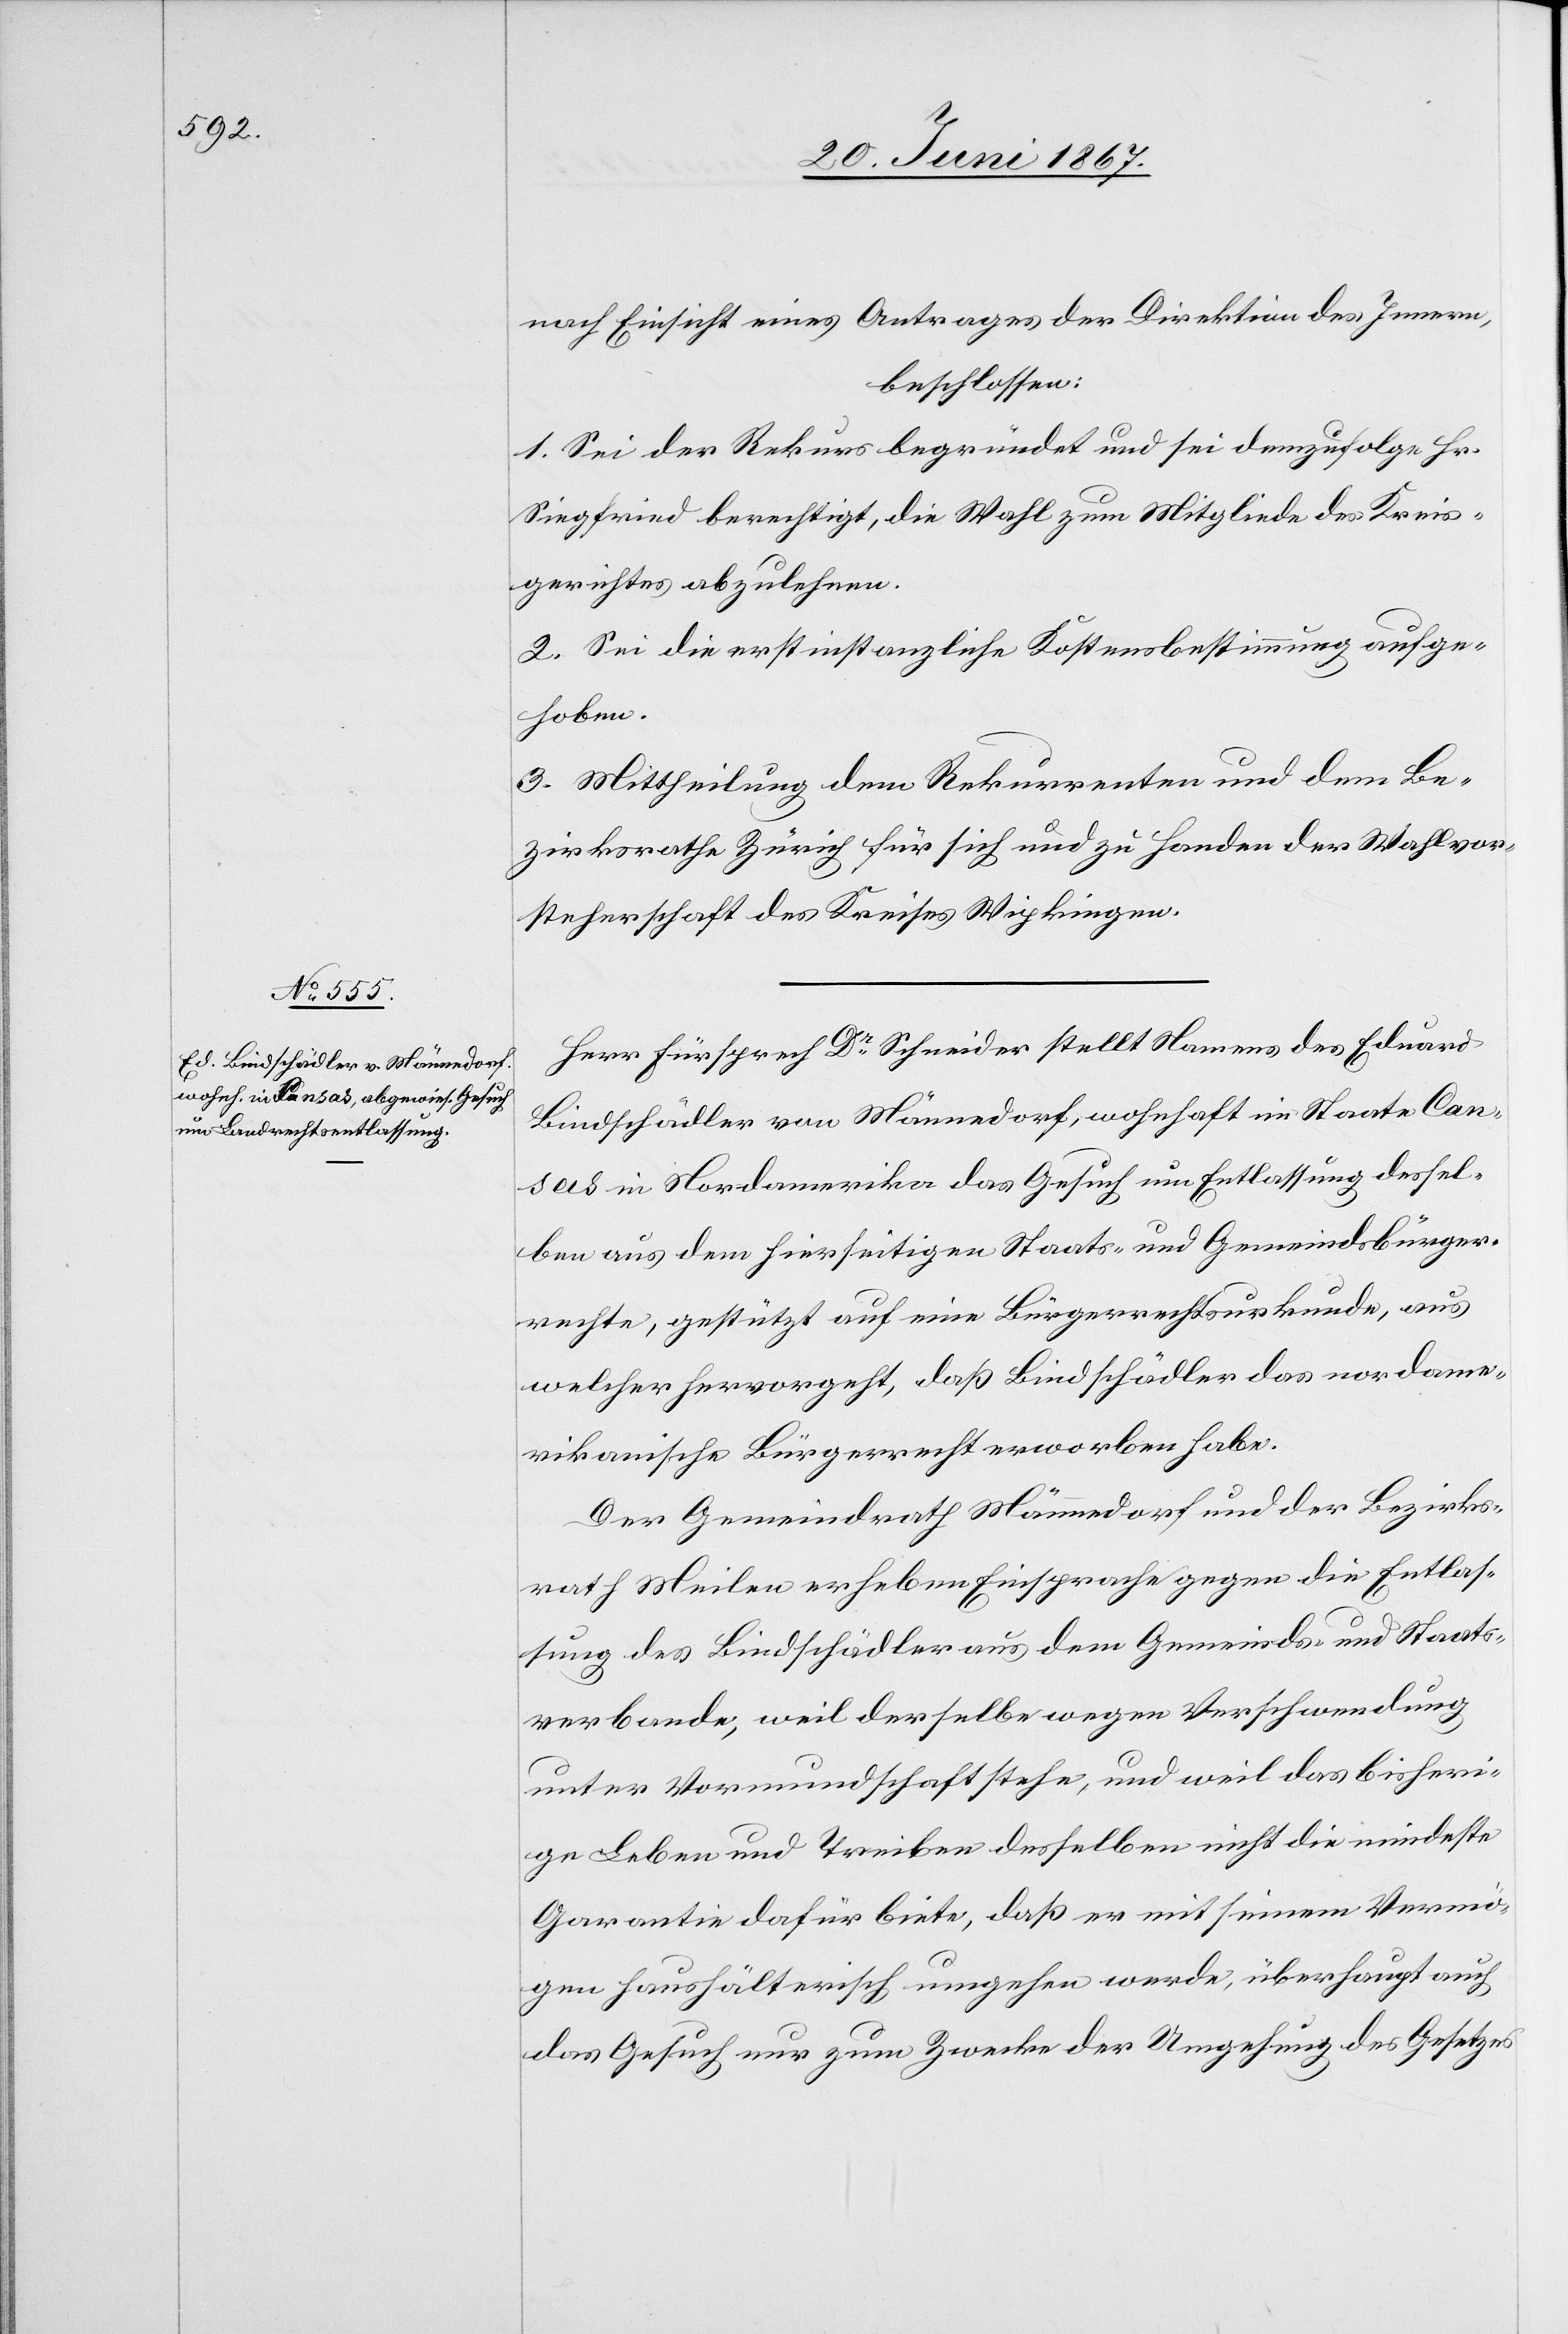
nach Einsicht eines Antrages der Direktion des Innern,
beschlossen:
1. Sei der Rekurs begründet und sei demzufolge Hr.
Siegfried berechtigt, die Wahl zum Mitgliede des Kreis¬
gerichtes abzulehnen.
2. Sei die erstinstanzliche Kostensbestimmung aufge¬
hoben.
3. Mittheilung dem Rekurrenten und dem Be¬
zirksrathe Zürich für sich und zu Handen der Wahlvor¬
steherschaft des Kreises Wipkingen.
Herr Fürsprech Dr. Schneider stellt Namens des Eduard
Bindschädler von Männedorf, wohnhaft im Staate Can¬
sas in Nordamerika das Gesuch um Entlassung dessel¬
ben aus dem hierseitigen Staats- und Gemeindsbürger¬
rechte, gestützt auf eine Bürgerrechtsurkunde, aus
welcher hervorgeht, daß Bindschädler das nordame¬
rikanische Bürgerrecht erworben habe.
Der Gemeindrath Männedorf und der Bezirks¬
rath Meilen erheben Einsprache gegen die Entlas¬
sung des Bindschädler aus dem Gemeinds- und Staats¬
verbande, weil derselbe wegen Verschwendung
unter Vormundschaft stehe, und weil das bisheri¬
ge Leben und Treiben desselben nicht die mindeste
Garantie dafür biete, daß er mit seinem Vermö¬
gen haushälterisch umgehen werde, überhaupt auch
das Gesuch nur zum Zwecke der Umgehung des Gesetzes